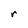
Character: r